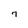
Character: 7